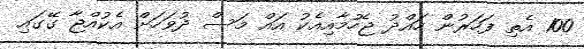
100 އެތި ފަހަރުން ހައްދު ޖެހުމާއިއެކު އައް މަސް ދުވަހަށް އެކުއްޖާ ގޭގައި